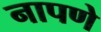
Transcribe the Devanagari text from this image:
नापणे